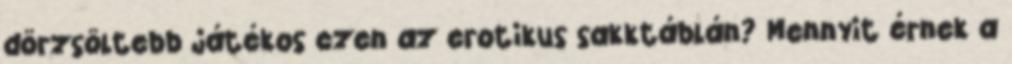
dörzsöltebb játékos ezen az erotikus sakktáblán? Mennyit érnek a